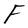
Character: F